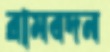
রামবদন